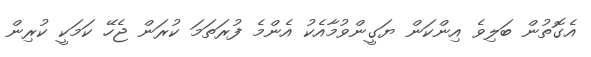
އެގޮތުން ބަލިވެ އިންކަން ޔަގީންވުމާއެކު އެންމެ ފުރަތަމަ ކުރަން ޖެހޭ ކަމަކީ ކުރިން